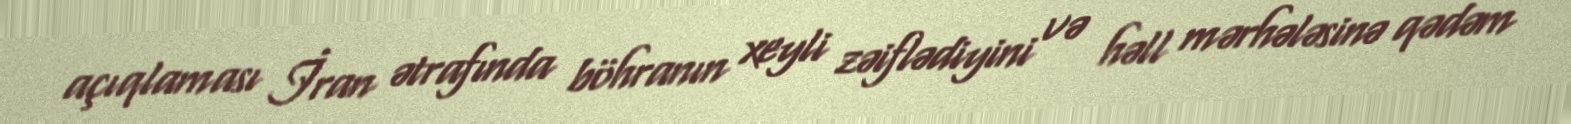
açıqlaması İran ətrafında böhranın xeyli zəiflədiyini və həll mərhələsinə qədəm